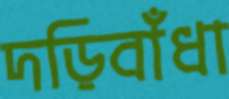
দড়িবাঁধা